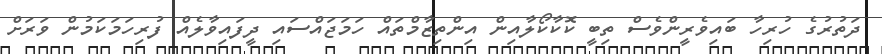
ދަތުރުގެ ހުރިހާ ބައިވެރީންވެސް ތިބީ ކޮކާކޯލާއިން އިންތިޒާމްތައް ހަމަޖައްސައި ދީފައިވާލެއް ފުރިހަމަކަމުން ވަރަށް